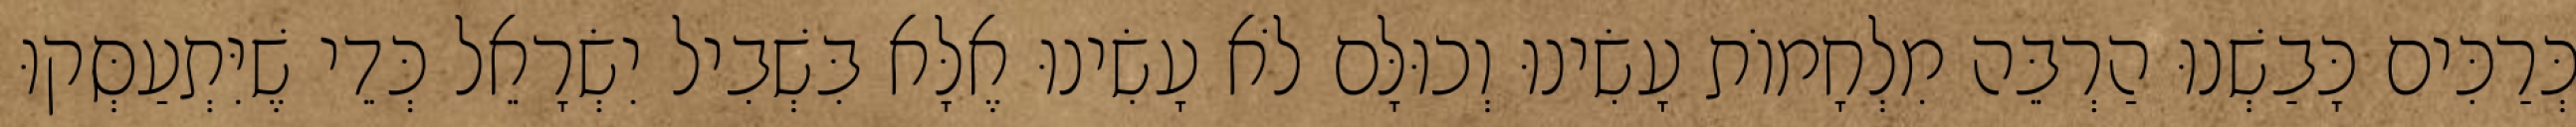
כְּרַכִּים כָּבַשְׁנוּ הַרְבֵּה מִלְחָמוֹת עָשִׂינוּ וְכוּלָּם לֹא עָשִׂינוּ אֶלָּא בִּשְׁבִיל יִשְׂרָאֵל כְּדֵי שֶׁיִּתְעַסְּקוּ